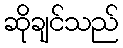
ဆိုချင်သည်